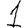
Digit: 1